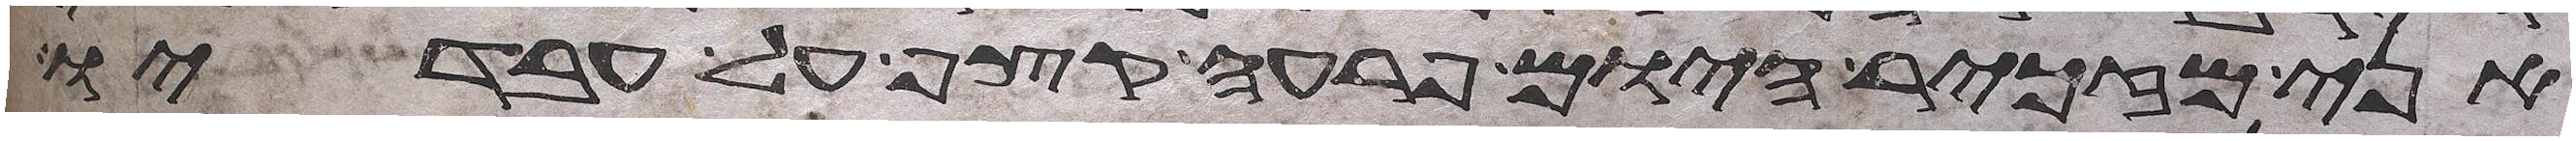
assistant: אני מזכיר היום פרעה קצף על עבדיו